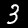
Label: 3